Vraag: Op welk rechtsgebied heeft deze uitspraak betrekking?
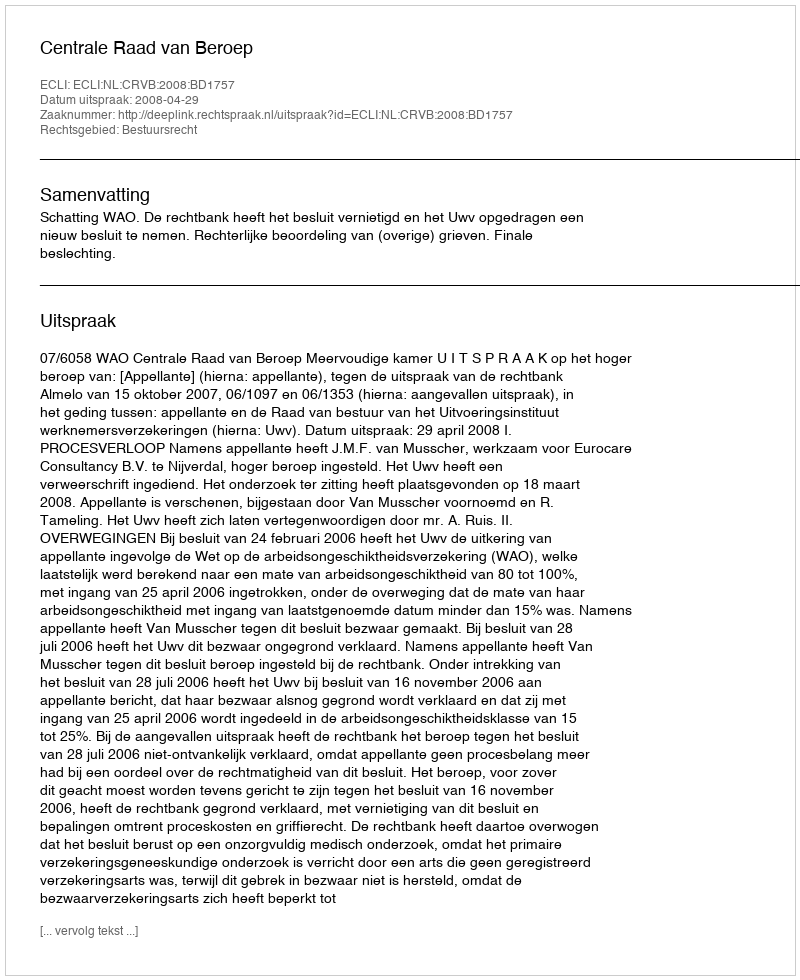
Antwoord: Bestuursrecht